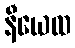
နီယေထ